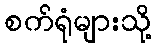
စက်ရုံများသို့